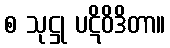
စ သုဋ္ဌု ပဋိဝိဒိတာ။